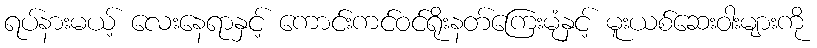
ရပ်နားမယ့် လေးနေရာနှင့် ကောင်းကင်ဝင်ရိုးနတ်ကြေးမုံနှင့် မူးယစ်ဆေးဝါးများကို